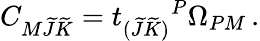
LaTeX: C_{M\widetilde J\widetilde K}=t_{(\widetilde{J}\widetilde{K})}{}^{P}\Omega_{PM}\, .